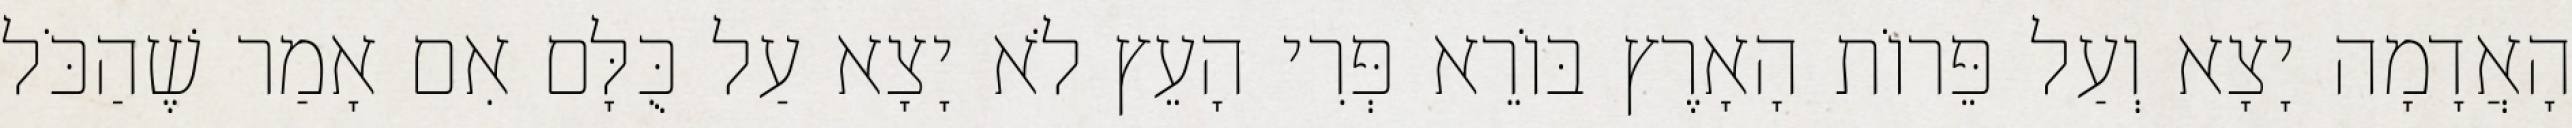
הָאֲדָמָה יָצָא וְעַל פֵּרוֹת הָאָרֶץ בּוֹרֵא פְּרִי הָעֵץ לֹא יָצָא עַל כֻּלָּם אִם אָמַר שֶׁהַכֹּל